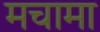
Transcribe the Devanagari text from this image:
मचामा